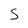
Character: 5